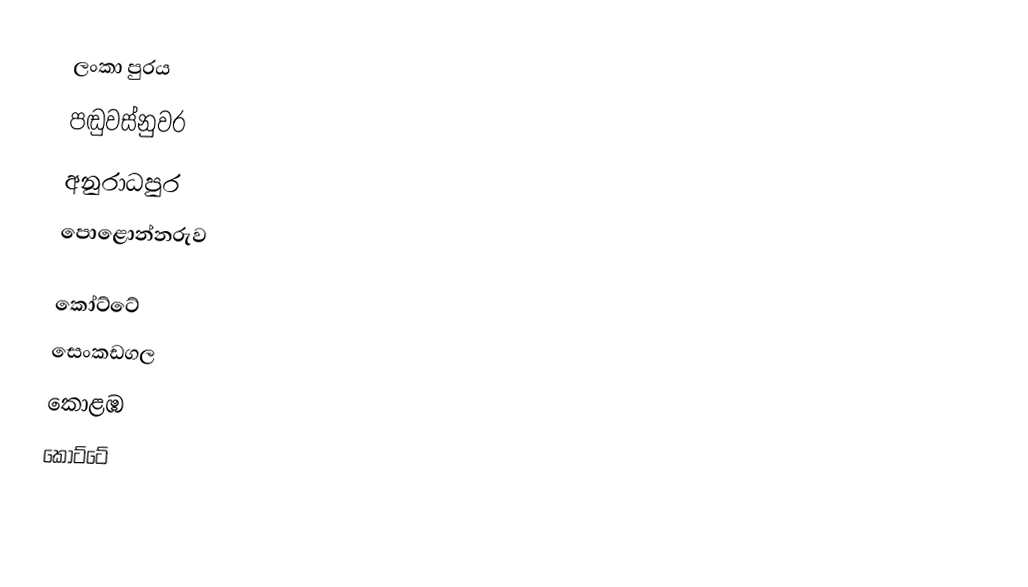
ලංකා පුරය
පඬුවස්නුවර
අනුරාධපුර
පොළොන්නරුව

කෝට්ටේ
සෙංකඩගල
කොළඹ
කෝට්ටේ